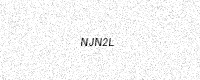
Text: NJN2L